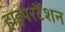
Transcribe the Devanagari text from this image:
हाइपरटैंशन